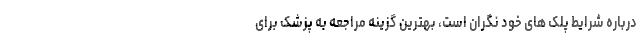
درباره شرایط پلک های خود نگران است، بهترین گزینه مراجعه به پزشک برای